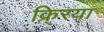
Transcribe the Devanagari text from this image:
क्र्रिया